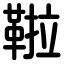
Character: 鞡